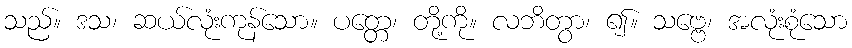
သည်။ ဒသ၊ ဆယ်လုံးကုန်သော။ ပတ္တေ၊ တို့ကို။ လဘိတွာ၊ ၍။ သဗ္ဗေ၊ အလုံးစုံသော